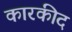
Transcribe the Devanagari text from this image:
कारकीद